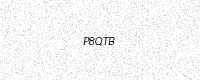
Text: P8QTB